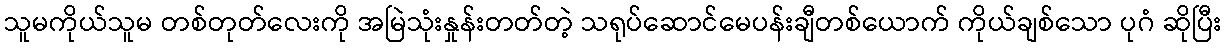
သူမကိုယ်သူမ တစ်တုတ်လေးကို အမြဲသုံးနှုန်းတတ်တဲ့ သရုပ်ဆောင်မေပန်းချီတစ်ယောက် ကိုယ်ချစ်သော ပုဂံ ဆိုပြီး